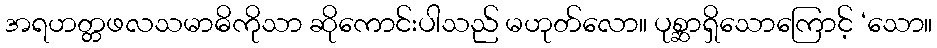
အရဟတ္တဖလသမာဓိကိုသာ ဆိုကောင်းပါသည် မဟုတ်လော။ ပုစ္ဆာရှိသောကြောင့် ‘သော။